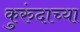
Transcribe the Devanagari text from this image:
कुरुंदाच्या